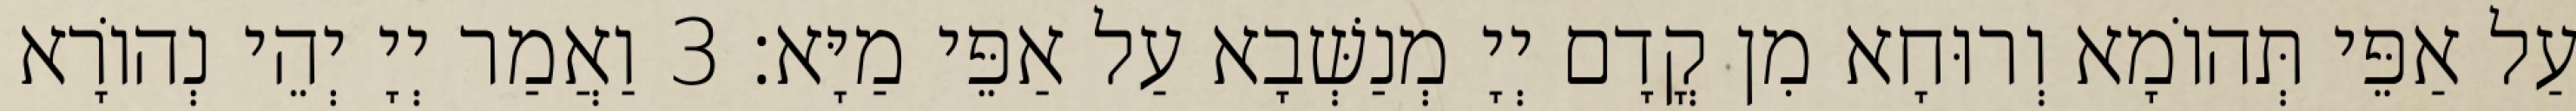
עַל אַפֵּי תְּהוֹמָא וְרוּחָא מִן קֳדָם יְיָ מְנַשְּׁבָא עַל אַפֵּי מַיָּא׃ 3 וַאֲמַר יְיָ יְהֵי נְהוֹרָא